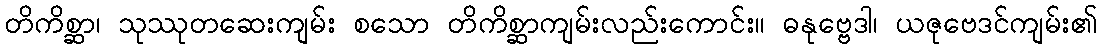
တိကိစ္ဆာ၊ သုဿုတဆေးကျမ်း စသော တိကိစ္ဆာကျမ်းလည်းကောင်း။ ဓနုဗ္ဗေဒါ၊ ယဇုဗေဒင်ကျမ်း၏